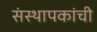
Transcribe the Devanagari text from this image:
संस्थापकांची